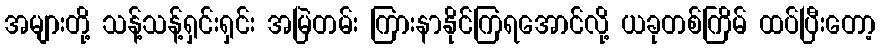
အများတို့ သန့်သန့်ရှင်းရှင်း အမြဲတမ်း ကြားနာနိုင်ကြရအောင်လို့ ယခုတစ်ကြိမ် ထပ်ပြီးတော့